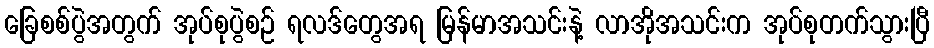
ခြေစစ်ပွဲအတွက် အုပ်စုပွဲစဉ် ရလဒ်တွေအရ မြန်မာအသင်းနဲ့ လာအိုအသင်းက အုပ်စုတက်သွားပြီ